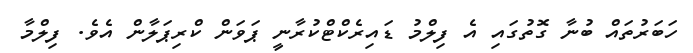
ހަބަރުތައް ބުނާ ގޮތުގައި އެ ފިލްމު ޑައިރެކްޓްކުރާނީ ޕަވަން ކްރިޕަލާން އެވެ. ފިލްމާ